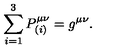
\sum _ { i = 1 } ^ { 3 } P _ { ( i ) } ^ { \mu \nu } = g ^ { \mu \nu } .